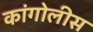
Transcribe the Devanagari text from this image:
कांगोलीस